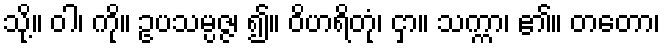
သို့။ ဝါ၊ ကို။ ဥပသမ္ပဇ္ဇ၊ ၍။ ဝိဟရိတုံ၊ ငှာ။ သက္ကာ၊ ၏။ တတော၊